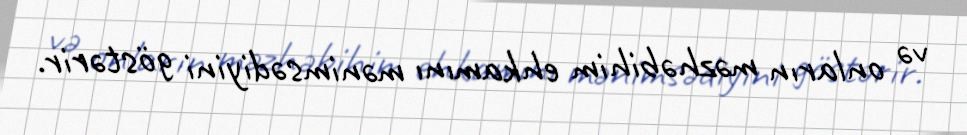
və onların məzhəbihim ehkamını mənimsədiyini göstərir.